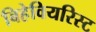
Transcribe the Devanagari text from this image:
बिहेवियरिस्ट